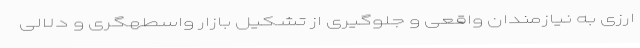
ارزی به نیازمندان واقعی و جلوگیری از تشکیل بازار واسطهگری و دلالی